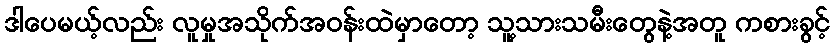
ဒါပေမယ့်လည်း လူမှုအသိုက်အဝန်းထဲမှာတော့ သူ့သားသမီးတွေနဲ့အတူ ကစားခွင့်